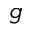
g